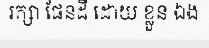
រក្សា ផែនដី ដោយ ខ្លួន ឯង